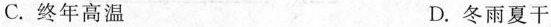
C.终年高温 D.冬雨夏干